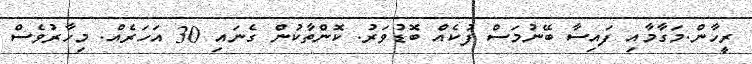
ރީހާން.މަގާމާއި ފައިސާ ބޭނުމަސް ފުކެއް ބޮޑުވަރު. ކޮންތާކުން ގެނައި 30 އަހަރެއް. މިހާރުވެސް